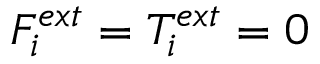
F _ { i } ^ { e x t } = T _ { i } ^ { e x t } = 0